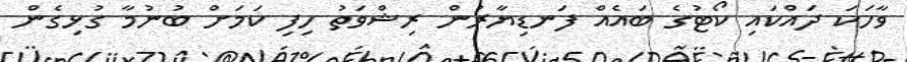
ވާހަކަ ދައްކައި ކޯޓުގެ ބައެއް ފަނޑިޔާރުން ރިޝްވަތު ހިފި ކަމަށް ބުނުމާ ގުޅިގެން